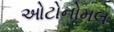
ઓટોનોમલ